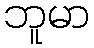
ဘူမာ